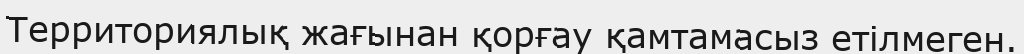
Территориялық жағынан қорғау қамтамасыз етілмеген.